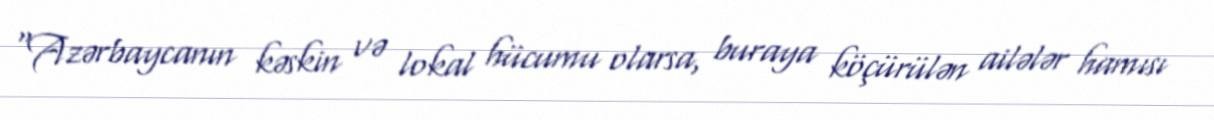
“Azərbaycanın kəskin və lokal hücumu olarsa, buraya köçürülən ailələr hamısı